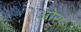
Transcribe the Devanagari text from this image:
ओरा